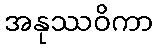
အနုဿဝိကာ